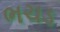
ભચડ